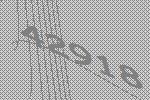
42918